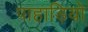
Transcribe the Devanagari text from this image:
पाहाड़ियो